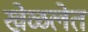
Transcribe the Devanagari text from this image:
खेळलेत